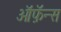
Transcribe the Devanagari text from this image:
ऑफ़ॅन्स